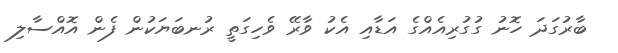
ބާރުގަދަ ހޮނު ގުގުރިއެއްގެ އަޑާއި އެކު ވާރޭ ވެހިގަތީ ރުނބަޔަކުން ފެން އޮއްސާލި